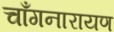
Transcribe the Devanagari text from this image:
चाँगनारायण